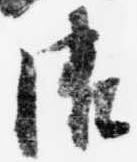
御